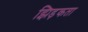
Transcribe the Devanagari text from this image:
झिड़कता